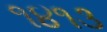
૧૪૧૩